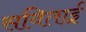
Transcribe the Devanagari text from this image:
सविताई